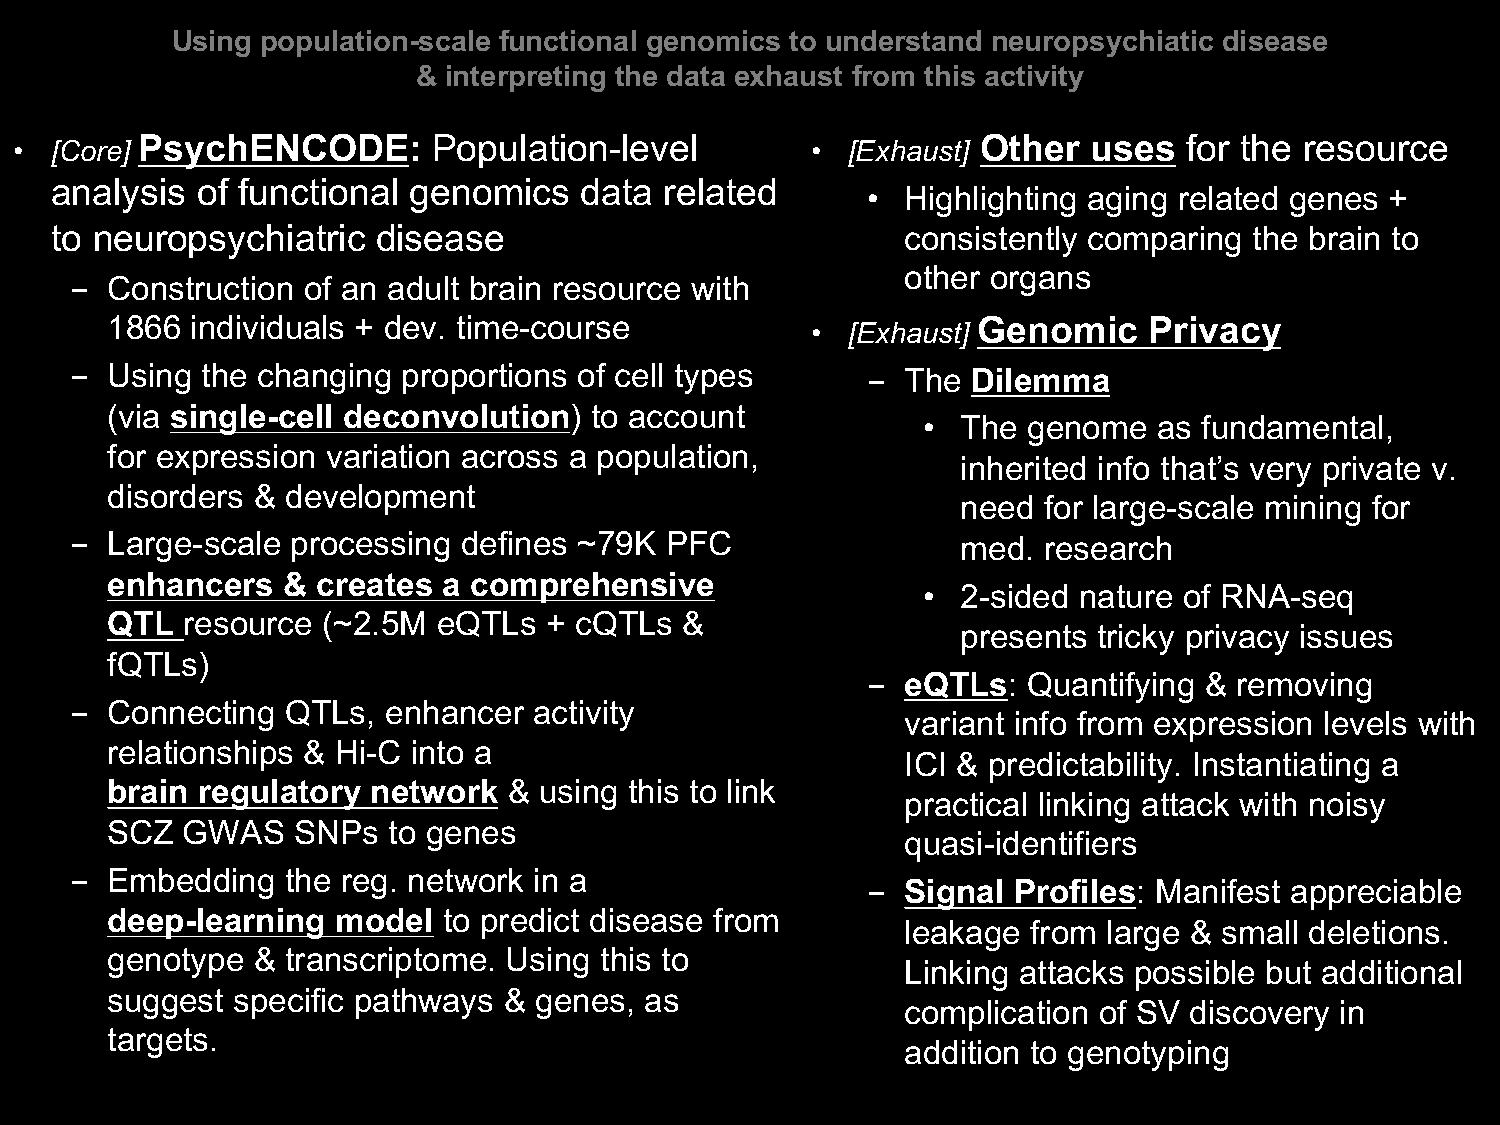
Using population-scale functional genomics to understand neuropsychiatic disease
 & interpreting the data exhaust from this activity
 PsychENCODE:        Population-level                    Other  uses   for the resource
 • [Core]                                             • [Exhaust]
 analysis  of functional genomics   data  related
 •  Highlighting aging related genes +
 to neuropsychiatric   disease                            consistently comparing the brain to
 other organs
 - Construction of an adult brain resource with
 1866  individuals + dev. time-course                      Genomic    Privacy
 • [Exhaust]
 - Using the changing  proportions of cell types     -  The Dilemma
 (via single-cell deconvolution) to account
 •  The genome   as fundamental,
 for expression variation across a population,
 inherited info that’s very private v.
 disorders & development
 need for large-scale mining for
 - Large-scale processing  defines ~79K PFC                 med. research
 enhancers   & creates a comprehensive
 •  2-sided nature of RNA-seq
 QTL  resource (~2.5M  eQTLs  + cQTLs  &
 presents tricky privacy issues
 fQTLs)
 -  eQTLs:  Quantifying & removing
 - Connecting  QTLs, enhancer  activity
 variant info from expression levels with
 relationships & Hi-C into a
 ICI & predictability. Instantiating a
 brain regulatory  network  & using this to link
 practical linking attack with noisy
 SCZ  GWAS   SNPs   to genes
 quasi-identifiers
 - Embedding   the reg. network in a
 -  Signal Profiles: Manifest appreciable
 deep-learning  model  to predict disease from
 leakage from large & small deletions.
 genotype  & transcriptome. Using this to
 Linking attacks possible but additional
 suggest specific pathways & genes,  as
 complication of SV discovery in
 targets.
 addition to genotyping